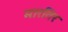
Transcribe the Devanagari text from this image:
मारतिर